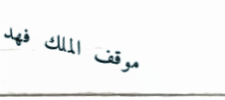
موقف الملك فهد